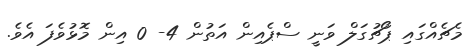
މެޗެއްގައި ޕޯޗުގަލް ވަނީ ސްޕެއިން އަތުން 4- 0 އިން މޮޅުވެފަ އެވެ.